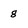
Character: 8